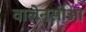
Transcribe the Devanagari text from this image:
वालेनसीआ